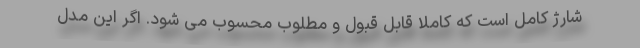
شارژ کامل است که کاملا قابل قبول و مطلوب محسوب می شود. اگر این مدل